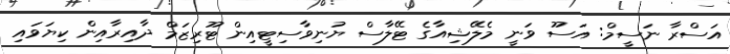
އަސްރާ ނަސީމް: އަސޫ ވަނީ މެލޭޝިއާގެ ޓޭލާސް ޔުނިވާސިޓީއިން ޓޫރިޒަމް ދާއިރާއިން ކިޔަވައި